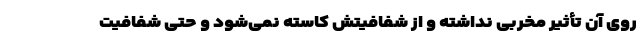
روی آن تأثیر مخربی نداشته و از شفافیتش کاسته نمی‌شود و حتی شفافیت